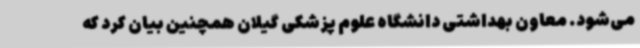
می‌شود. معاون بهداشتی دانشگاه علوم پزشکی گیلان همچنین بیان کرد که